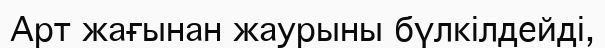
Арт жағынан жаурыны бүлкілдейді,